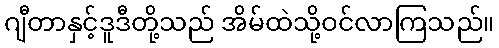
ဂျီတာနှင့်ဒူဒီတို့သည် အိမ်ထဲသို့ဝင်လာကြသည်။